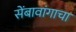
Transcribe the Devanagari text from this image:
सेंबावांगाचा